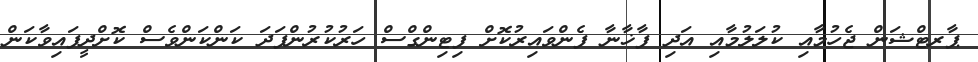
ޕާރޓްޝަން ޖެހުމާއި ކުލަލުމާއި އަދި ފާޚާނާ ފެންވައިރުކޮށް ފިޓިންގްސް ހަރުކުރުންފަދަ ކަންކަންވެސް ކޮށްދީފައިވާކަން